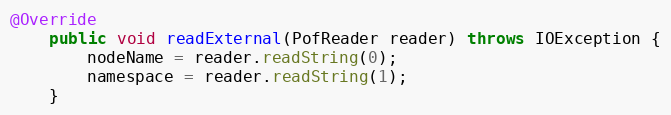
Language: Java
@Override
    public void readExternal(PofReader reader) throws IOException {
        nodeName = reader.readString(0);
        namespace = reader.readString(1);
    }